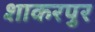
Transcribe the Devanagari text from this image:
शाकरपुर